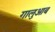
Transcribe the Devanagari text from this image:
गालुआब